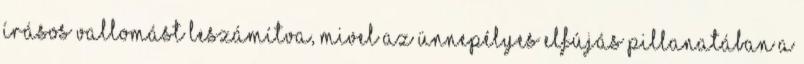
írásos vallomást leszámítva, mivel az ünnepélyes elfújás pillanatában a